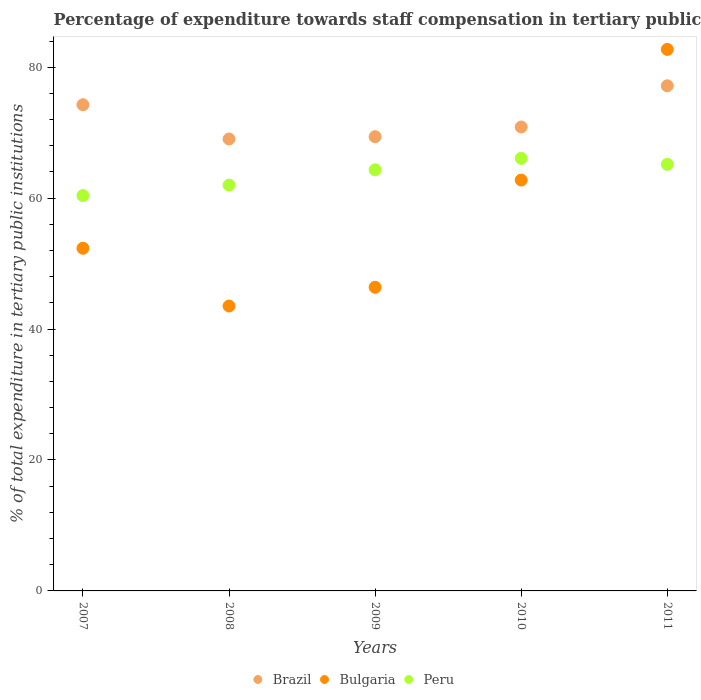
| Years | Brazil | Bulgaria | Peru |
 | --- | --- | --- | --- |
 | 2007 | 74.3 | 52.3 | 60.4 |
 | 2008 | 69 | 43.5 | 62 |
 | 2009 | 69.4 | 46.4 | 64.3 |
 | 2010 | 70.9 | 62.8 | 66.1 |
 | 2011 | 77.2 | 82.7 | 65.2 |